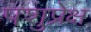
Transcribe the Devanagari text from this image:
पशुप्रेक्ष